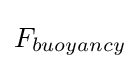
F_{buoyancy}